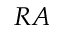
R A